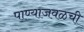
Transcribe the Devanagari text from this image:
पाण्याजवळची